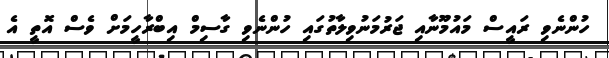
ހުންނެވި ރައީސް މައުމޫނާއި ޖަރުމަނުވިލާތުގައި ހުންނެވި ގާސިމް އިބްރާހީމަށް ވެސް އޮތީ އެ